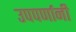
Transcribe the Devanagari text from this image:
उपपर्णानी